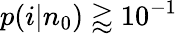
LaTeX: p(i|n_{0})\gtrapprox 10^{-1}